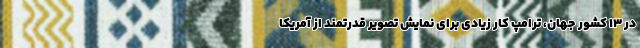
در 13 کشور جهان، ترامپ کار زیادی برای نمایش تصویر قدرتمند از آمریکا